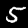
Label: 5